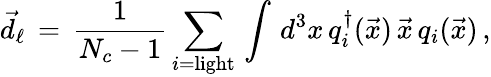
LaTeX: \vec{d}_{\ell}\, =\, \frac{1}{N_{c}-1}\sum_{i=\mathrm{light}}\, \int\, d^{3}x\, q_{i}^{\dagger}(\vec{x})\, \vec{x}\, q_{i}(\vec{x})\, ,